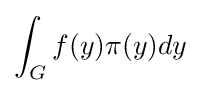
\int _{G}f(y)\pi (y)dy